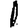
Digit: 1